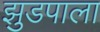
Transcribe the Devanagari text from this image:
झुडपाला